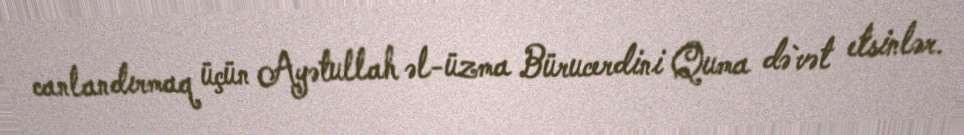
canlandırmaq üçün Ayətullah əl-üzma Bürucerdini Quma də`vət etsinlər.